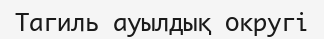
Тагиль ауылдық округі